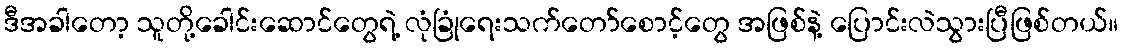
ဒီအခါတော့ သူတို့ခေါင်းဆောင်တွေရဲ့ လုံခြုံရေးသက်တော်စောင့်တွေ အဖြစ်နဲ့ ပြောင်းလဲသွားပြီဖြစ်တယ်။